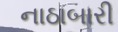
નાઠાબારી